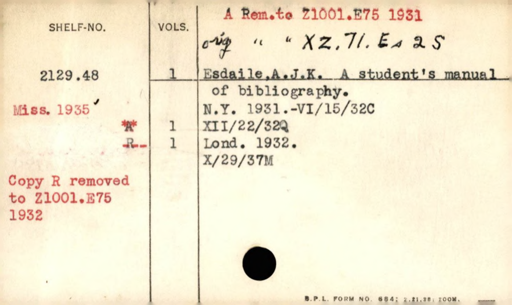
Label: content